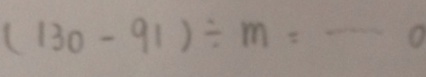
( 1 3 0 - 9 1 ) \div m = \cdots 0